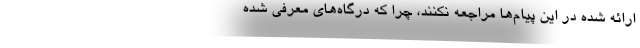
ارائه شده در این پیام‌ها مراجعه نکنند، چرا که درگاه‌های معرفی شده